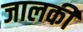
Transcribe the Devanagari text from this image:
जालकी